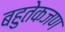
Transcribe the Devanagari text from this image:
बहुतेकजण